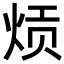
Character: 𬊎